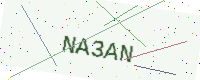
Text: NA3AN